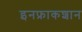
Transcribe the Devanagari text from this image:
इनफ्राकशान